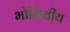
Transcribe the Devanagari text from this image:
भोमितीय